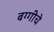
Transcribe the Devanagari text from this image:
बग्गीचे